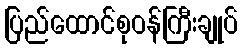
ပြည်ထောင်စုဝန်ကြီးချုပ်